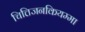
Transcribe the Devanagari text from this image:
चित्तिजनकियम्मा